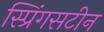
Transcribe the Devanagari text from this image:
स्प्रिंगसटीन